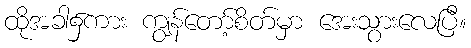
ထိုအခါ၌ကား ကျွန်တော့်စိတ်မှာ အေးသွားလေပြီ။